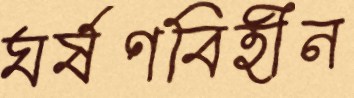
ঘর্ষণবিহীন